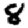
Digit: 8